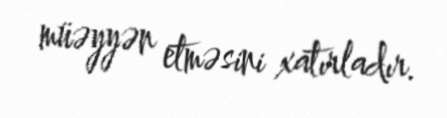
müəyyən etməsini xatırladır.